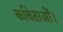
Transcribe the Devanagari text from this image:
कविताओं।